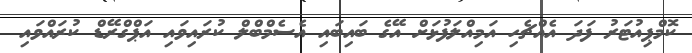
ކޮމްޕިއުޓަރު ފަދަ އެއްޗެހި އަމިއްލަފުޅަށް އޭގެ ބައިބައި އެސެމްބްލް ކުރައިވައި އަޕްގްރޭޑް ކުރައްވައި